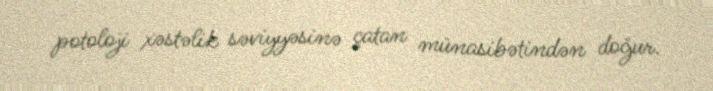
potoloji xəstəlik səviyyəsinə çatan münasibətindən doğur.